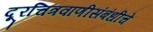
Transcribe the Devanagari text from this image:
दूरचित्रवाणीसंबंधीचे